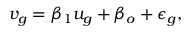
v _ { g } = \beta _ { 1 } u _ { g } + \beta _ { o } + \epsilon _ { g } ,